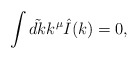
\begin{align*}\int \tilde {dk}k^\mu \hat I(k)=0, \end{align*}